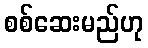
စစ်ဆေးမည်ဟု